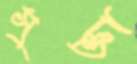
সুক্তা